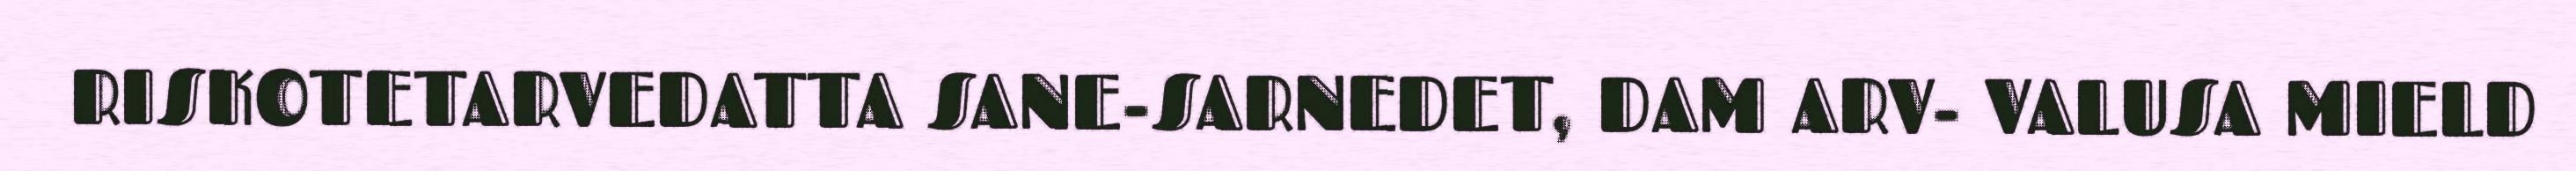
RISKOTETARVEDATTA SANE-SARNEDET, DAM ARV- VALUSA MIELD